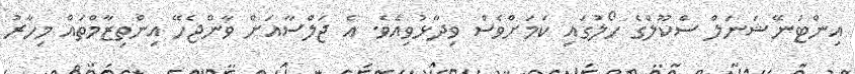
އިންޓަނޭޝަނަލް ސްކޫލްގެ ހޯލުގައި ކަމަށްވެސް ވިދާޅުވިއެވެ. އެ ޖަލްސާއަށް ވާންޖެހޭ އިންތިިޒާމްތައް މިހާރު